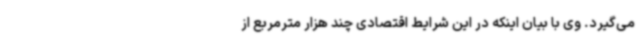
می‌گیرد. وی با بیان اینکه در این شرایط اقتصادی چند هزار مترمربع از